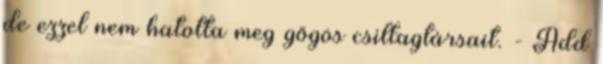
de ezzel nem hatotta meg gőgös csillagtársait. - Add